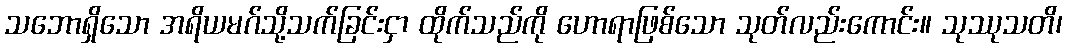
သဘောရှိသော အရိယမဂ်သို့သက်ခြင်းငှာ ထိုက်သည်ကို ဟောရာဖြစ်သော သုတ်လည်းကောင်း။ သုဿုသတိ၊